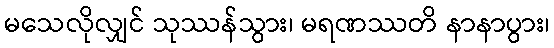
မသေလိုလျှင် သုဿန်သွား၊ မရဏဿတိ နာနာပွား၊